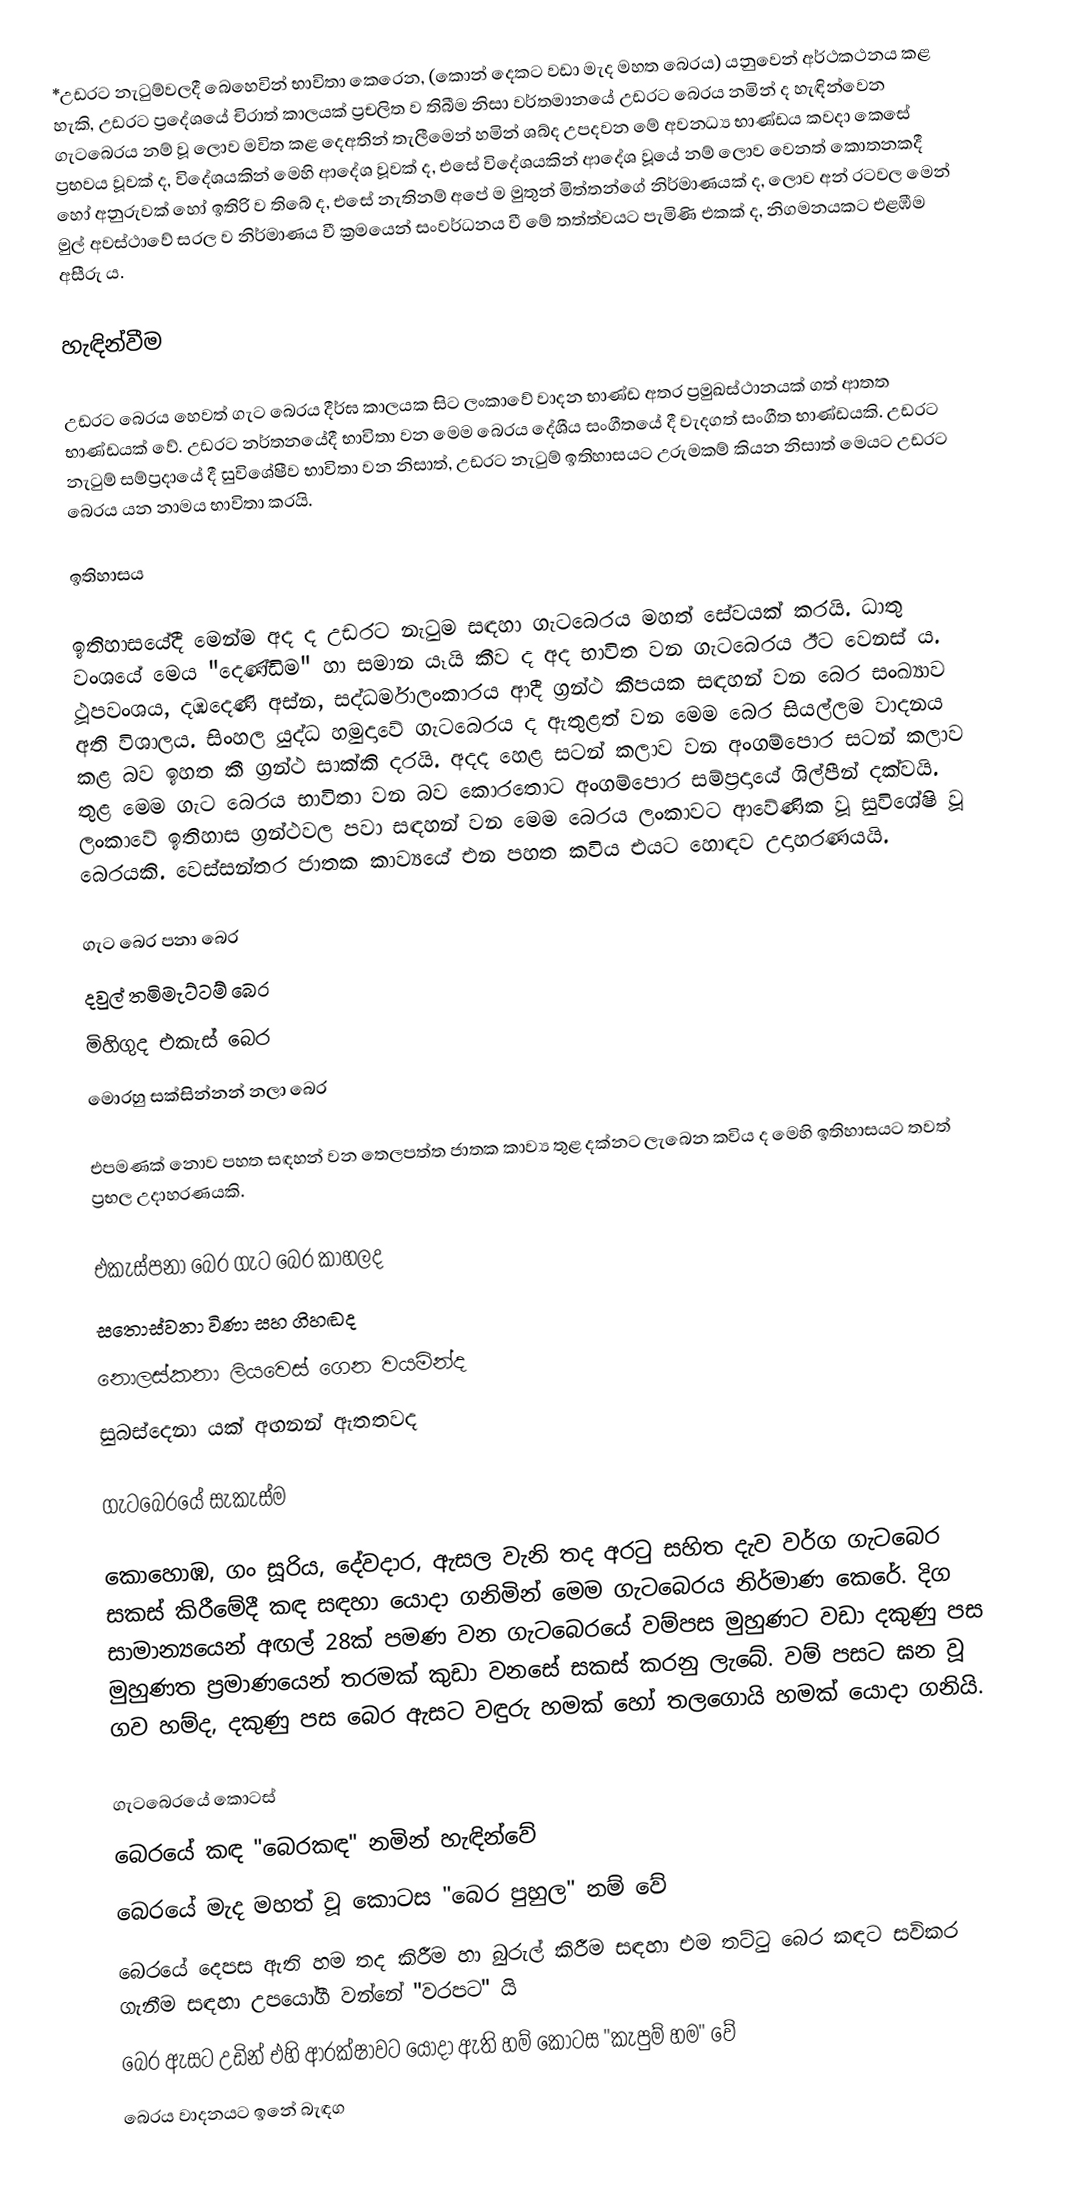
*උඩරට නැටුම්වලදී බෙහෙවින් භාවිතා කෙරෙන, (කොන් දෙකට වඩා මැද මහත බෙරය) යනුවෙන් අර්ථකථනය කළ හැකි, උඩරට ප්‍රදේශයේ චිරාත් කාලයක් ප්‍රචලිත ව තිබීම නිසා වර්තමානයේ  උඩරට බෙරය නමින් ද හැඳින්වෙන ගැටබෙරය නම් වූ ලොව මවිත කළ දෙඅතින් තැලීමෙන් හමින් ශබ්ද උපදවන මේ අවනධ්‍ය භාණ්ඩය කවදා කෙසේ ප්‍රභවය වූවක් ද, විදේශයකින් මෙහි ආදේශ වූවක් ද, එසේ විදේශයකින් ආදේශ වූයේ නම් ලොව වෙනත් කොතනකදී හෝ අනුරුවක් හෝ ඉතිරි ව තිබේ ද, එසේ නැතිනම් අපේ ම මුතුන් මිත්තන්ගේ නිර්මාණයක් ද, ලොව අන් රටවල මෙන් මුල් අවස්ථාවේ සරල ව නිර්මාණය වී ක්‍රමයෙන් සංවර්ධනය වී මේ තත්ත්වයට පැමිණි එකක් ද, නිගමනයකට එළඹීම අසීරු ය.

හැඳින්වීම

උඩරට බෙරය හෙවත් ගැට බෙරය දීර්ඝ කාලයක සිට ලංකාවේ වාදන භාණ්ඩ අතර ප්‍රමුඛස්ථානයක් ගත් ආතත භාණ්ඩයක් වේ.  උඩරට නර්තනයේදී භාවිතා වන මෙම බෙරය දේශීය සංගීතයේ දී වැදගත් සංගීත භාණ්ඩයකි. උඩරට නැටුම් සම්ප්‍රදායේ දී සුවිශේෂීව භාවිතා වන නිසාත්, උඩරට නැටුම් ඉතිහාසයට උරුමකම් කියන නිසාත් මෙයට උඩරට බෙරය යන නාමය භාවිතා කරයි.

ඉතිහාසය

ඉතිහාසයේදී මෙන්ම අද ද උඩරට නැටුම සඳහා ගැටබෙරය මහත් සේවයක්‌ කරයි. ධාතු වංශයේ මෙය "දෙණ්‌ඩිම" හා සමාන යෑයි කීව ද අද භාවිත වන ගැටබෙරය ඊට වෙනස්‌ ය. ථූපවංශය, දඹදෙණි අස්‌න, සද්ධර්මාලංකාරය ආදී ග්‍රන්ථ කීපයක සඳහන් වන බෙර සංඛ්‍යාව අති විශාලය. සිංහල යුද්ධ හමුදාවේ ගැටබෙරය ද ඇතුළත් වන මෙම බෙර සියල්ලම වාදනය කළ බව ඉහත කී ග්‍රන්ථ සාක්‌කි දරයි. අදද හෙළ සටන් කලාව වන අංගම්පොර සටන් කලාව තුළ මෙම ගැට බෙරය භාවිතා වන බව කොරතොට අංගම්පොර සම්ප්‍රදායේ ශිල්පීන් දක්වයි. ලංකාවේ ඉතිහාස ග්‍රන්ථවල පවා සඳහන් වන මෙම බෙරය ලංකාවට ආවේණික වූ සුවිශේෂි වූ බෙරයකි. වෙස්සන්තර ජාතක කාව්‍යයේ එන පහත කවිය එයට හොඳව උදාහරණයයි.

ගැට බෙර පනා බෙර
දවුල් තමිමැට්ටම් බෙර
මිහිගුද එකැස් බෙර
මොරහු සක්සින්නන් නලා බෙර

එපමණක් නොව පහත සඳහන් වන තෙලපත්ත ජාතක කාව්‍ය තුළ දක්නට ලැබෙන කවිය ද මෙහි ඉතිහාසයට තවත් ප්‍රභල උදාහරණයකි.

එකැස්පනා බෙර ගැට බෙර කාහලද
 සතොස්වනා විණා සහ ගිහඬද
නොලස්කනා ලියවෙස් ගෙන වයමින්ද
සුබස්දෙනා යක් අඟනන් ඇතතවද

ගැටබෙරයේ සැකැස්ම

කොහොඹ, ගං සූරිය, දේවදාර, ඇසල වැනි තද අරටු සහිත දැව වර්ග ගැටබෙර සකස් කිරීමේදී කඳ සඳහා යොදා ගනිමින් මෙම ගැටබෙරය නිර්මාණ කෙරේ.  දිග සාමාන්‍යයෙන් අඟල් 28ක් පමණ වන ගැටබෙරයේ වම්පස මුහුණට වඩා දකුණු පස මුහුණත ප්‍රමාණයෙන් තරමක් කුඩා වනසේ සකස් කරනු ලැබේ. වම් පසට ඝන වූ ගව හම්ද,  දකුණු පස බෙර ඇසට වඳුරු හමක් හෝ තලගොයි හමක් ‍යොදා ගනියි.

ගැටබෙරයේ කොටස්
බෙරයේ කඳ "බෙරකඳ" නමින් හැඳින්වේ
බෙරයේ මැද මහත් වූ කොටස ‍"බෙර පුහුල" නම් වේ
බෙරයේ දෙපස ඇති හම තද කිරීම හා බුරුල් කිරීම සඳහා එම තට්ටු බෙර කඳට සවිකර ගැනීම සඳහා උපයෝගී වන්නේ "වරපට" යි
බෙර ඇසට උඩින් එහි ආරක්ෂාවට යොදා ඇති හම් කොටස "කැපුම් හම" වේ
බෙරය වාදනයට ඉනේ බැඳග